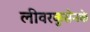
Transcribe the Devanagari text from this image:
लीवरकुसेनके